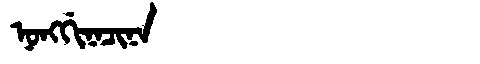
Manchu: ᠨᠣᠩᡤᡳᠨᠠᠴᡳᠨᠠ
Romanization: NONGGINACINA